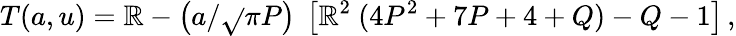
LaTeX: T(a,u)=\mathbb{R}-\left(a/{\sqrt{}{{\pi}}}P\right)~\left[\mathbb{R}^{2}~(4P^{2}+7P+4+Q)-Q-1\right]\, ,